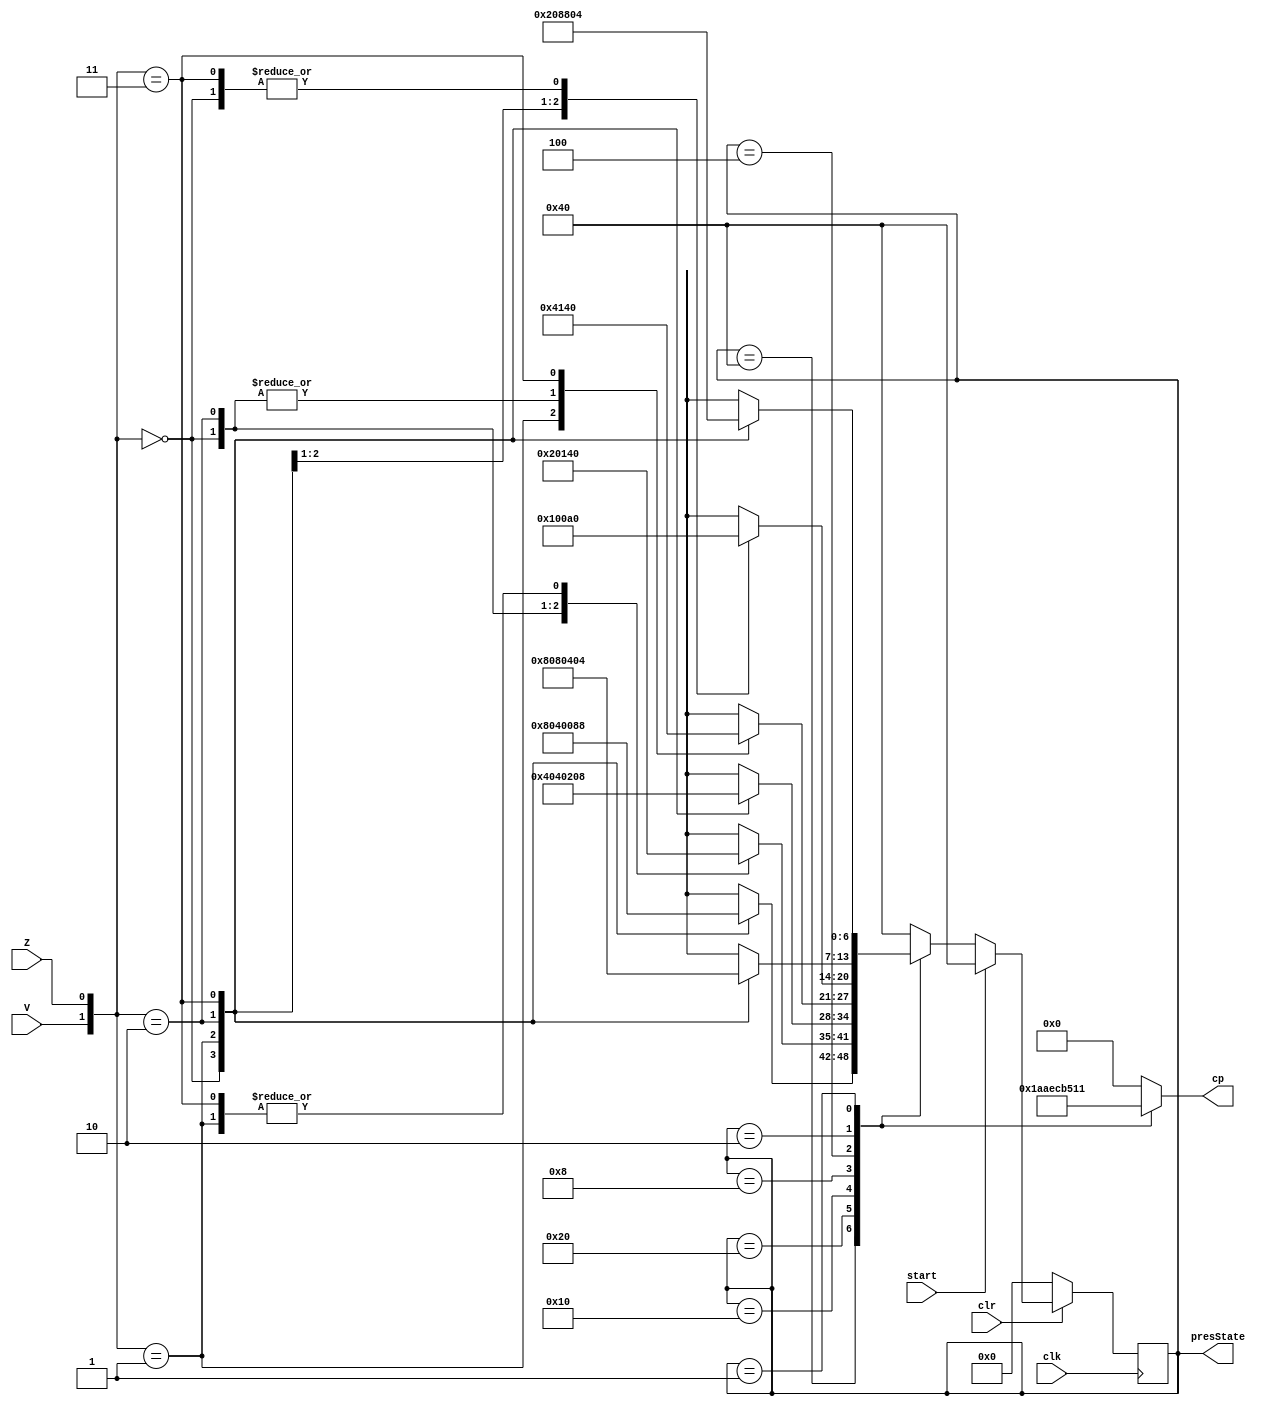
`timescale 1ns / 1ps
//////////////////////////////////////////////////////////////////////////////////
// Company: University of Kentucky
// 
// Design Name: 
// Module Name:    contOneHotEncodedController 
// Project Name: 
// Target Devices: 
// Tool versions: 
// Description: 
//
// Dependencies: 
//
// Revision: 
// Revision 0.01 - File Created
// Additional Comments: 
//
//////////////////////////////////////////////////////////////////////////////////

// State Assign			State Table
//						x				Output
// abcdef	presSt		00	01	11	10	cp[4]..cp[0]
// 1000000	   a		a	c	d	g	00110
// 0100000	   b		d	a	a	f	10101
// 0010000	   c		b	c	d	e	01110
// 0001000	   d		f	g	a	f	11001
// 0000100	   e		b	e	b	g	01101
// 0000010	   f		a	b	e	d	01000
// 0000001	   g		g	f	e	c	10001

module contOneHotEncodedController(cp, V, Z, start, clr, clk, presState);
	parameter a=7'b1000000, b=7'b0100000, c=7'b0010000, d=7'b0001000, 
			  e=7'b0000100, f=7'b0000010, g=7'b0000001;
	input clk, start, clr;
	input V,Z;
	
	output reg[4:0] cp;
	output reg [6:0] presState; //After testing this should only be reg
	reg [6:0] nextState;
	
	always @ (V or Z or presState)//To determine Next state
	begin
		case (presState)
			a:	case({V, Z})
					2'b00: nextState = a;
					2'b01: nextState = c;
					2'b10: nextState = g;
					2'b11: nextState = d;
					default: nextState = a;
				endcase
			b:	case({V, Z})
					2'b00: nextState = d;
					2'b01: nextState = a;
					2'b10: nextState = f;
					2'b11: nextState = a;
					default: nextState = a;
				endcase
			c:	case({V, Z})
					2'b00: nextState = b;
					2'b01: nextState = c;
					2'b10: nextState = e;
					2'b11: nextState = d;
					default: nextState = a;
				endcase
			d:	case({V, Z})
					2'b00: nextState = f;
					2'b01: nextState = g;
					2'b10: nextState = f;
					2'b11: nextState = a;
					default: nextState = a;
				endcase
			e:	case({V, Z})
					2'b00: nextState = b;
					2'b01: nextState = e;
					2'b10: nextState = g;
					2'b11: nextState = b;
					default: nextState = a;
				endcase
			f:	case({V, Z})
					2'b00: nextState = a;
					2'b01: nextState = b;
					2'b10: nextState = d;
					2'b11: nextState = e;
					default: nextState = a;
				endcase
			g:	case({V, Z})
					2'b00: nextState = g;
					2'b01: nextState = f;
					2'b10: nextState = c;
					2'b11: nextState = e;
					default: nextState = a;
				endcase
			default: nextState = a;
		endcase
	end
	
	always @(posedge clk) //Synch state change (clear, reset, state transition)
	begin
		if(clr == 1'b0) presState = 7'b0000000;
		else if(start == 1'b1) presState = a;
		else presState = nextState;
	end
	
	always @ (presState) // For the output process
	begin
		case(presState)
			a: cp = 5'b00110;
			b: cp = 5'b10101;
			c: cp = 5'b01110;
			d: cp = 5'b11001;
			e: cp = 5'b01101;
			f: cp = 5'b01000;
			g: cp = 5'b10001;
			default: cp=5'b00000;
		endcase
	end
endmodule